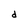
Character: d